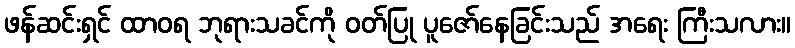
ဖန်ဆင်းရှင် ထာဝရ ဘုရားသခင်ကို ဝတ်ပြု ပူဇော်နေခြင်းသည် အရေး ကြီးသလား။